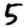
Digit: 5